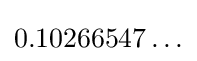
0.10266547\ldots